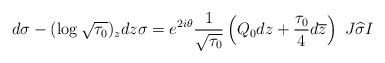
LaTeX: \begin{align*}d\sigma-(\log\sqrt{\tau_0})_zdz\sigma=e^{2i\theta}\frac{1}{\sqrt{\tau_0}}\left(Q_0dz+\frac{\tau_0}{4}d\overline{z}\right)\ J\widehat{\sigma}I\end{align*}